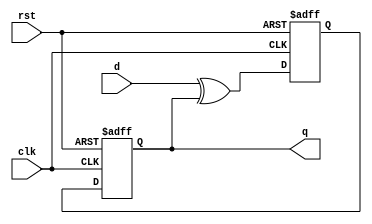
module async_tff(
    input clk,
    input rst,
    input d,
    output reg q
);

reg d_ff1, d_ff2;

// D flip-flop 1
always @(posedge clk or negedge rst)
begin
    if (rst == 1'b0)
        d_ff1 <= 1'b0;
    else
        d_ff1 <= d ^ d_ff2;
end

// D flip-flop 2
always @(posedge clk or negedge rst)
begin
    if (rst == 1'b0)
        d_ff2 <= 1'b0;
    else
        d_ff2 <= d_ff1;
end

// Output logic
always @(*)
begin
    q = d_ff2;
end

endmodule